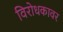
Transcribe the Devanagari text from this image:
विरोधकावर